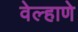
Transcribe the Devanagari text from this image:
वेल्हाणे